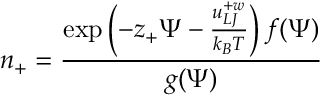
n _ { + } = \frac { \exp \left( - z _ { + } \Psi - \frac { u _ { L J } ^ { + w } } { k _ { B } T } \right) f ( \Psi ) } { g ( \Psi ) }